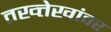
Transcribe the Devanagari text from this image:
तख्त्तेखांवर